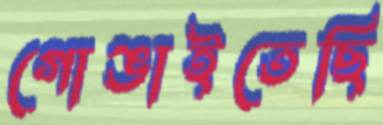
গোঙাইতেছি